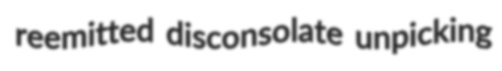
reemitted disconsolate unpicking